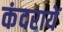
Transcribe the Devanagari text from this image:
कंदरायें